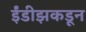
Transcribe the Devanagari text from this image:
ईंडीझकडून